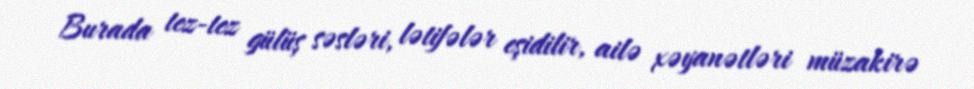
Burada tez-tez gülüş səsləri, lətifələr eşidilir, ailə xəyanətləri müzakirə